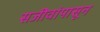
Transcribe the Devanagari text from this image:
सजीवांपासून